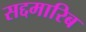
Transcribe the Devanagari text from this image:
सद्दमारिब